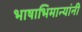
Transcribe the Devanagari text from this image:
भाषाभिमान्यांनी